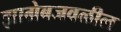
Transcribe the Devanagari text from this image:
झाग्रेबजवळील